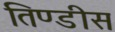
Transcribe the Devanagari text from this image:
तिण्डीस